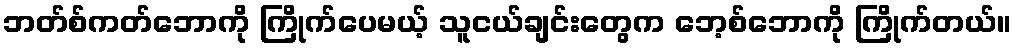
ဘတ်စ်ကတ်ဘောကို ကြိုက်ပေမယ့် သူငယ်ချင်းတွေက ဘေ့စ်ဘောကို ကြိုက်တယ်။